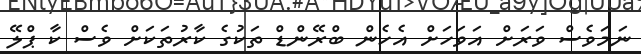
ނަމަވެސް ވަރަށް އަވަހަށް އެހެން ބްރޭންޑް ތަކުގެ ކާރުތަކަށް ވެސް ކާ ޕްލޭ